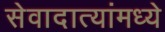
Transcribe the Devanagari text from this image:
सेवादात्यांमध्ये